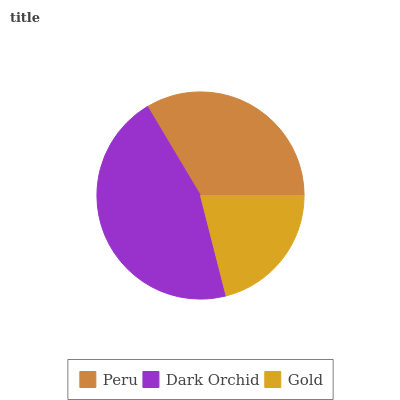
| Peru | Dark Orchid | Gold |
 | --- | --- | --- |
 | 33.6% | 45.4% | 21% |